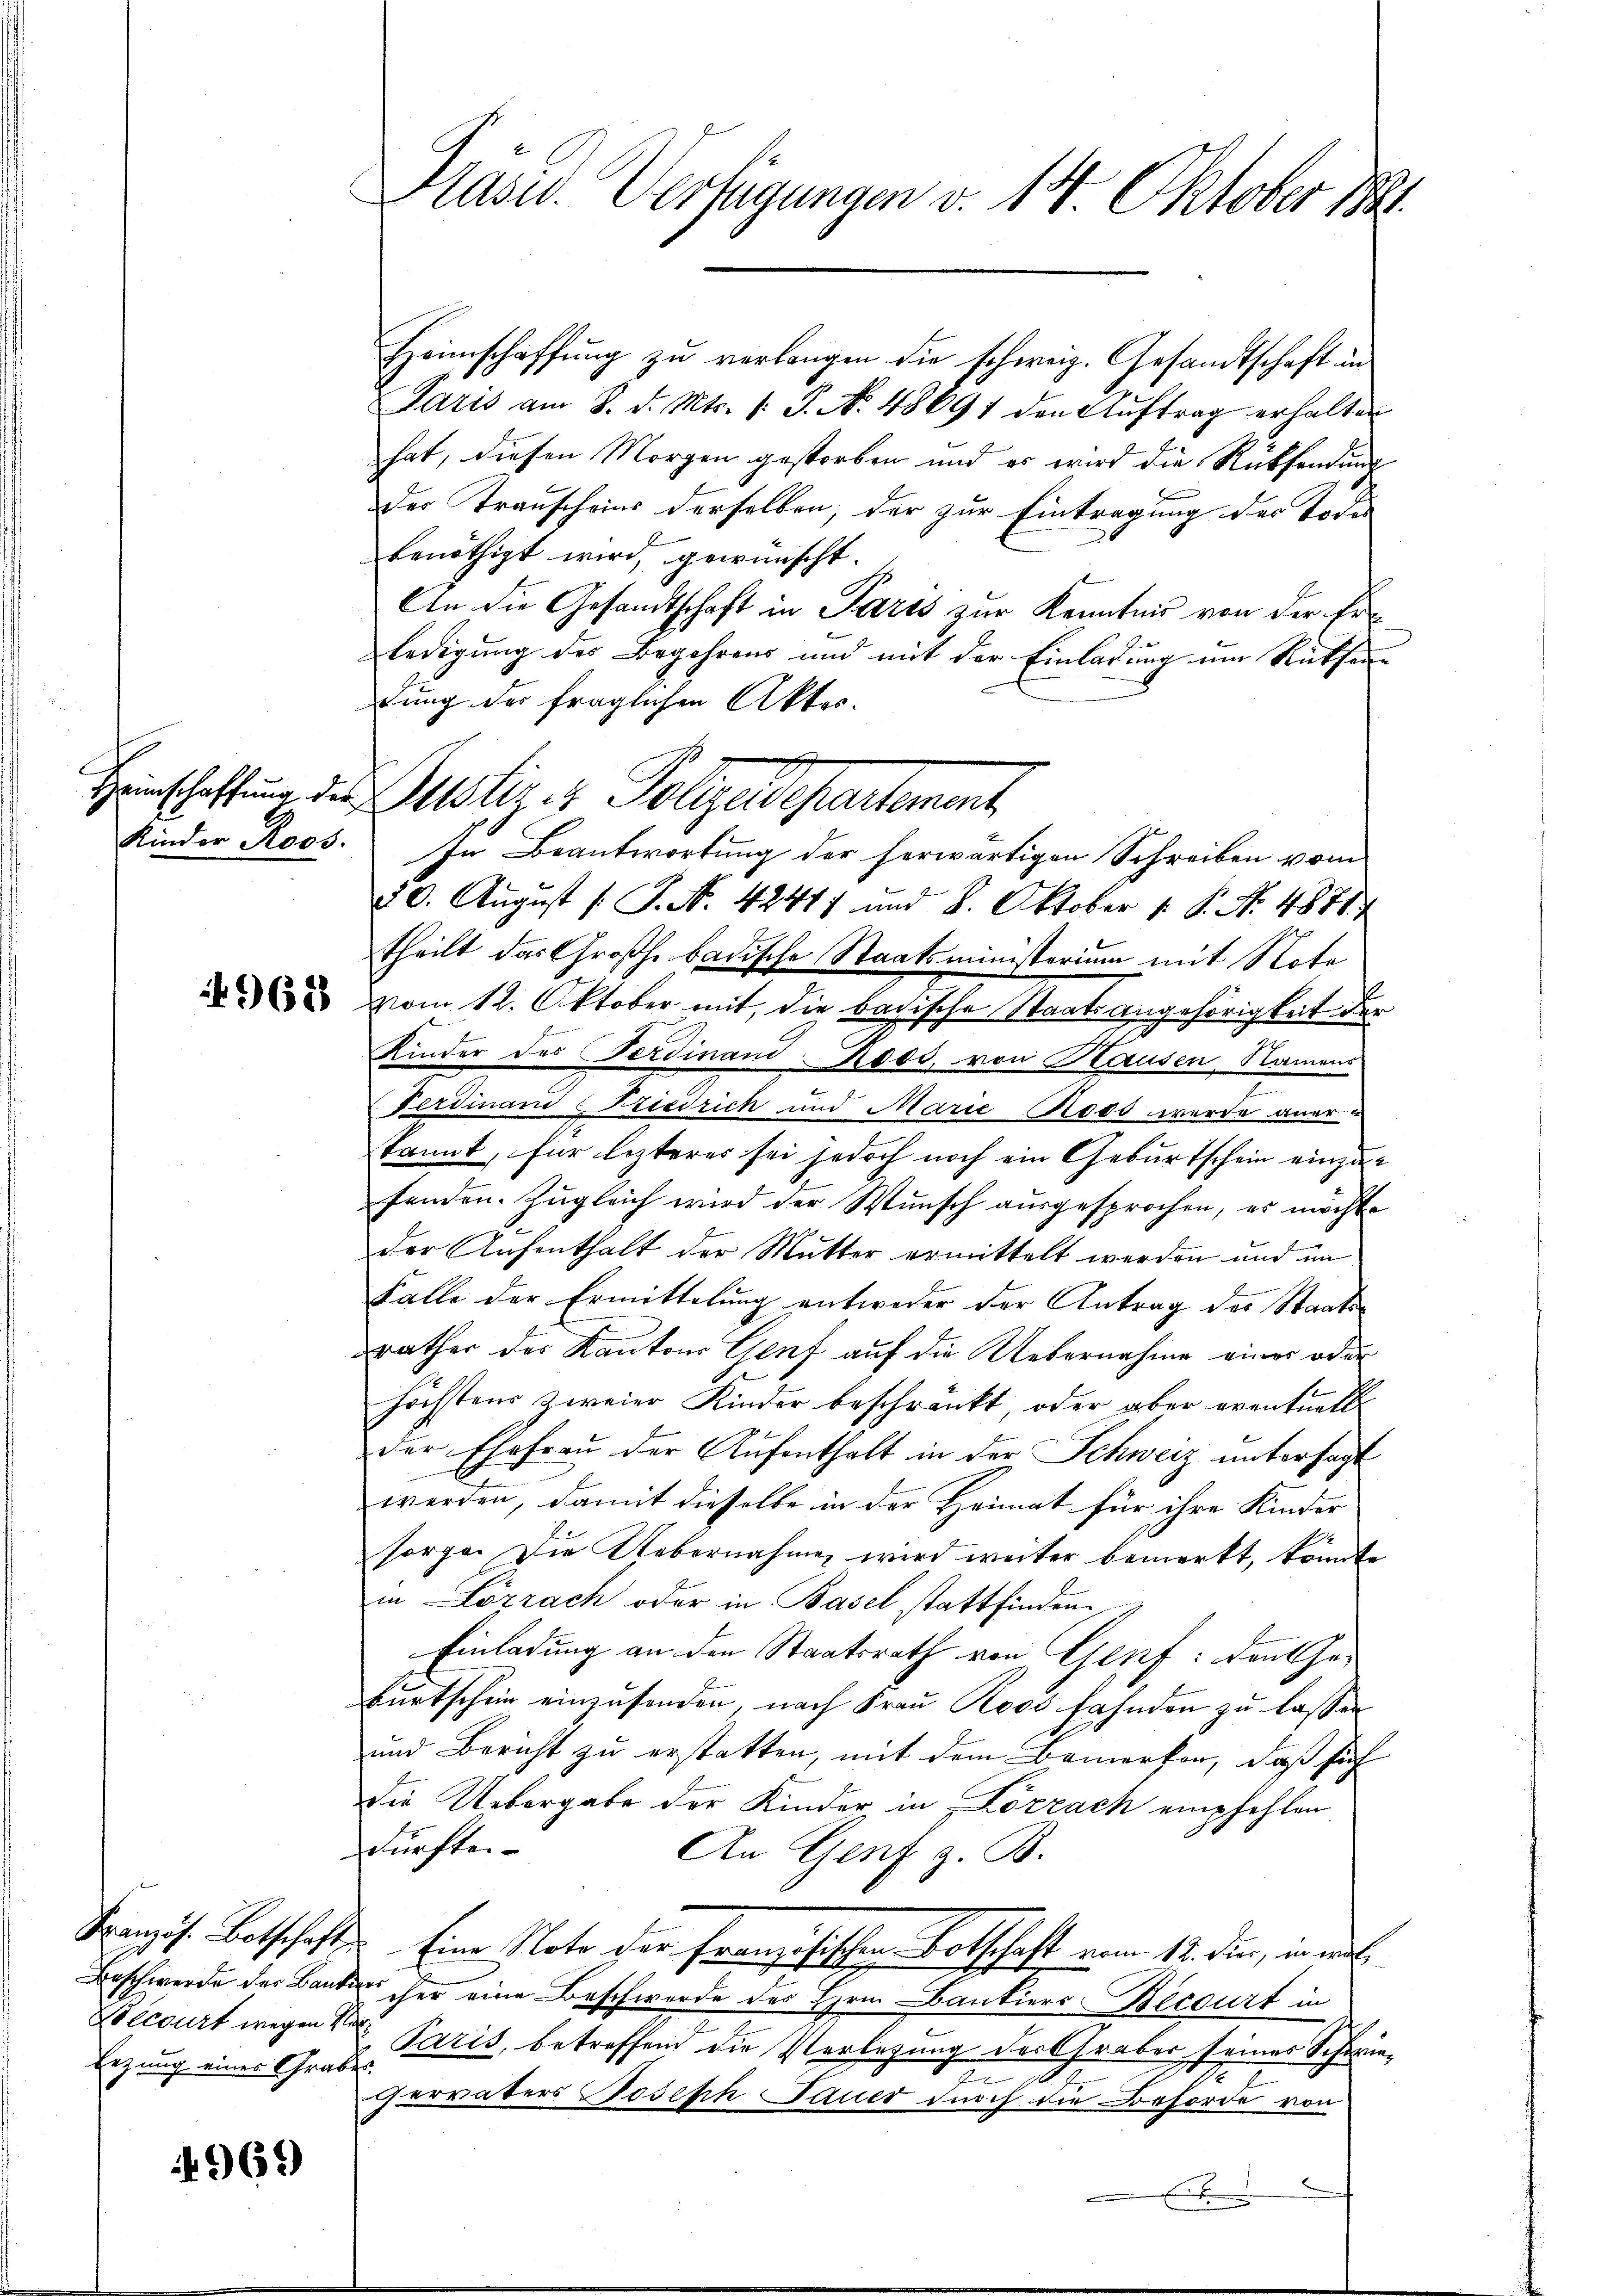
Kinder Roos.

4968

Französ. Botschaft
Beschwerde der Banken
Eezung eines Grabe

4969)

s

Hasu. Verfügungen d. 14. Oktober 1889.

Hinschaffung des Justiz es Polizeidepartement,

Heimschaffung zu verlangen die schweiz. Gesandtschaft in
Paris am 8. d. Mts. s. S. N. 48691 den Aŭftrag erhalten
hat, diesen Morgen gestorben und es wird die Rücksendung
Der Transcheins derselben; der zur Eintragung der Todes
benöthigt wird, gewünscht.
An die Gesandtschaft in Paris zur Kenntnis von der Erledigung des Begehrens und mit der Einladung um Rücksendung der fraglichen Aktes.
20. August /: P. N. 42417 und 8. Oktober 1. P. No. 4871
theilt das Großh. badische Staatsministerium mit Note
vom 12. Oktober mit, die badische Staatsangehörigkeit der
Kinder der Ferdinand ood, von Hausen, Namens
Ferdinand Friedrich und Marie Roos wurde aner
kannt, für lezteres sei jedoch noch ein Geburtschein einzufenden. Zugleich wird der Wunsch ausgesprochen, es möchte
der Aufenthalt der Mutter ermittelt werden und im
Falle der Ermittelung entweder der Antrag des Staatsrather der Kantons Genf auf die Uebernahme eines oder
höchstens zweier Kinder beschränkt, oder aber eventuell
der Ehefrau der Aufenthalt in der Schweiz untersagt
werden, damit dieselbe in der Heimat für ihre Kinder
sorge. Die Uebernahmen wird weiter bemerkt, könnte
in Lörrach oder in Basel stattfinden
Einladung an den Staatsrath von Gepf: den Geburtschein einzusenden, nach Frau Roos Fahnden zu lassen
und Bericht zu erstatten, mit dem Bemerken, daß sich
die Uebergabe der Kinder, in Lörrach empfehlen
dürften
An Genf z. B.
Eine Note der Französischen Botschaft vom 12. der, werde
 cher eine Beschwerde des Hrn. Bankiers Becourt in
Becourt wegen 1 Paris, betreffend die Verlegung der Graber seines Schwiee
pervaters Joseph Dauer durch die Behörde von
E

In Beantwortung der herwärtigen Schreiben vom